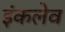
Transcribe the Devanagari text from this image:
इंकलेव